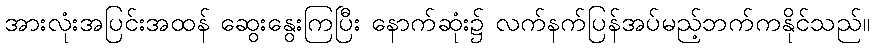
အားလုံးအပြင်းအထန် ဆွေးနွေးကြပြီး နောက်ဆုံး၌ လက်နက်ပြန်အပ်မည့်ဘက်ကနိုင်သည်။